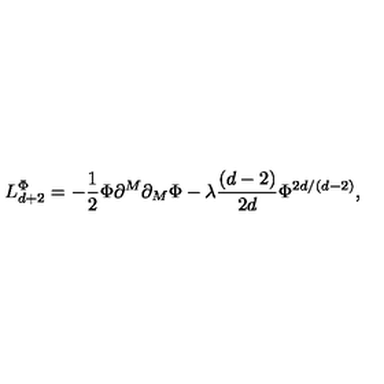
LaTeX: L _ { d + 2 } ^ { \Phi } = - \frac { 1 } { 2 } \Phi \partial ^ { M } \partial _ { M } \Phi - \lambda \frac { \left( d - 2 \right) } { 2 d } \Phi ^ { 2 d / \left( d - 2 \right) } ,